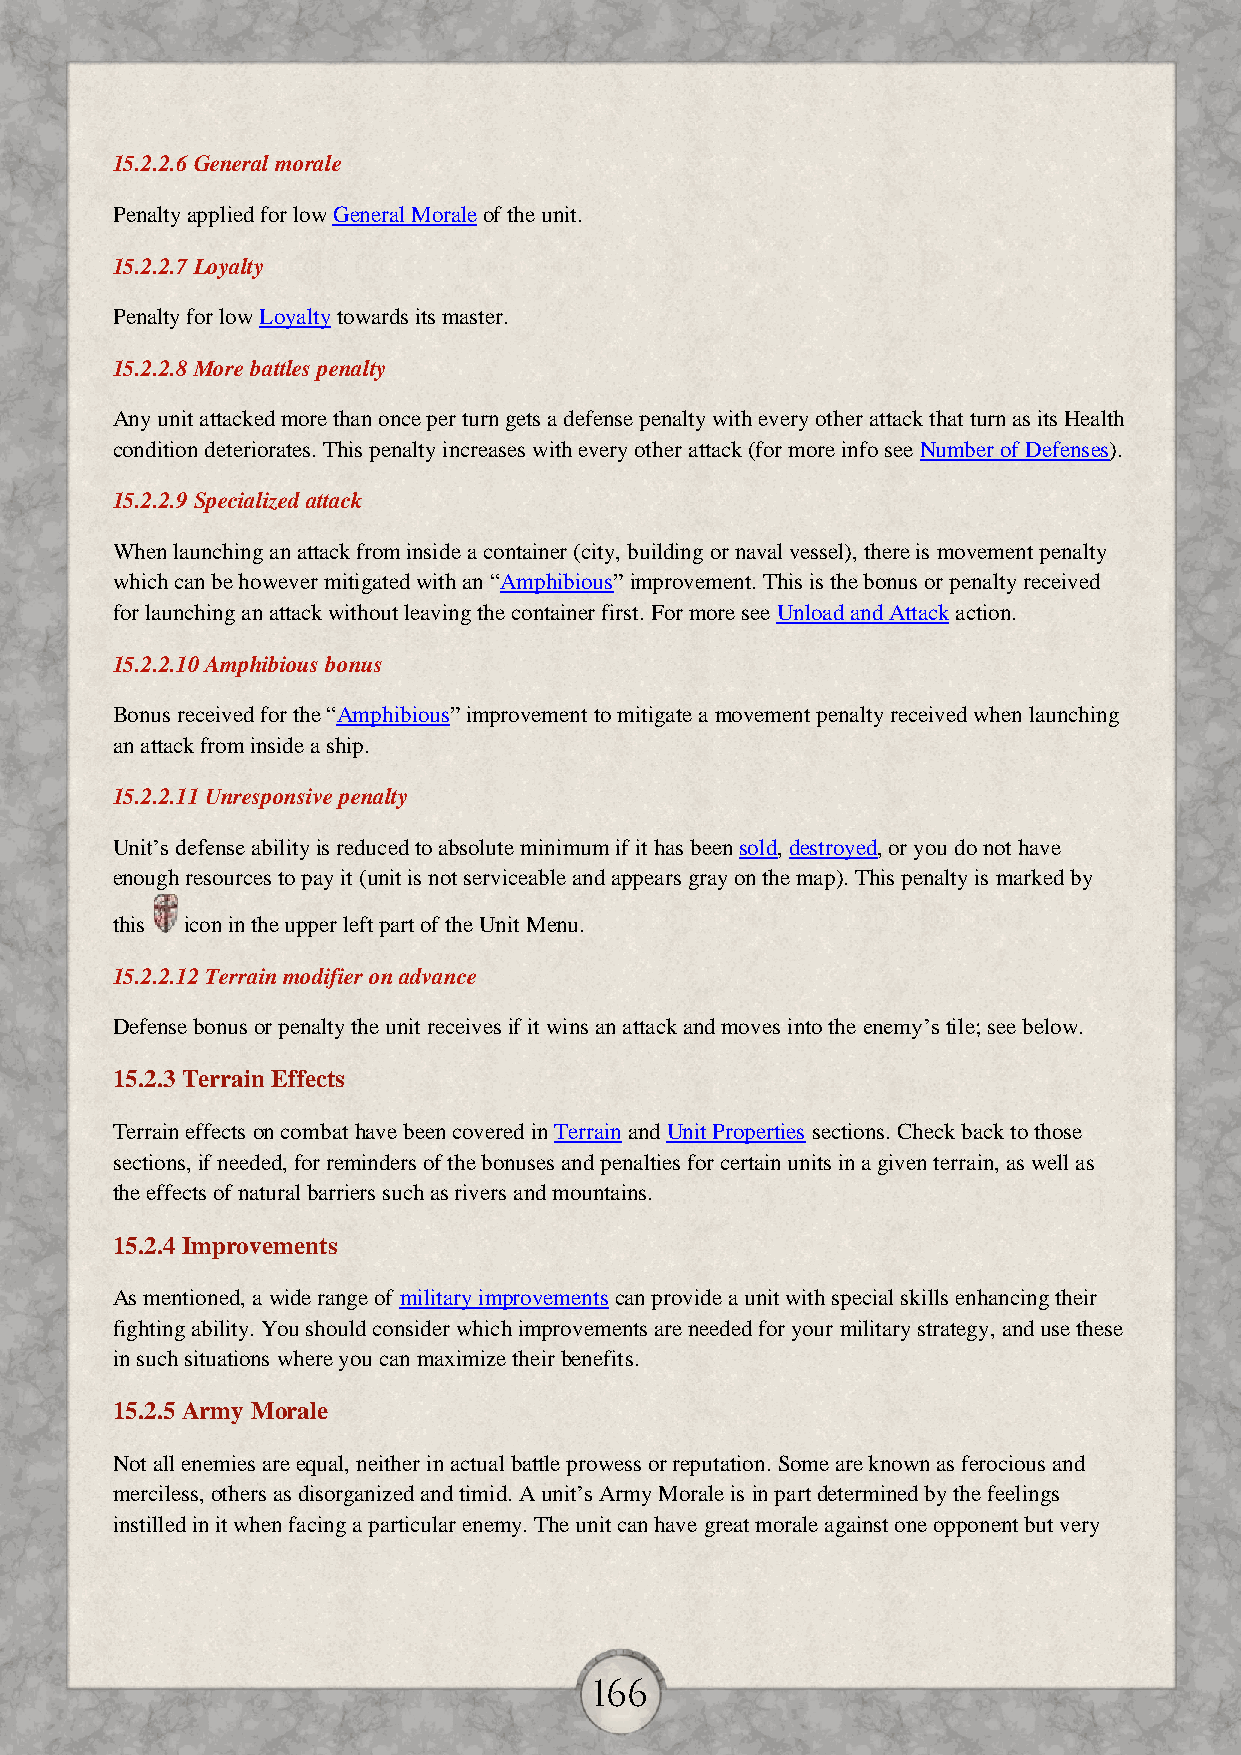
15.2.2.6 General morale
 Penalty applied for low General Morale of the unit.
 15.2.2.7 Loyalty
 Penalty for low Loyalty towards its master.
 15.2.2.8 More battles penalty
 Any unit attacked more than once per turn gets a defense penalty with every other attack that turn as its Health
 condition deteriorates. This penalty increases with every other attack (for more info see Number of Defenses).
 15.2.2.9 Specialized attack
 When launching an attack from inside a container (city, building or naval vessel), there is movement penalty
 which can be however mitigated with an “Amphibious” improvement. This is the bonus or penalty received
 for launching an attack without leaving the container first. For more see Unload and Attack action.
 15.2.2.10 Amphibious bonus
 Bonus received for the “Amphibious” improvement to mitigate a movement penalty received when launching
 an attack from inside a ship.
 15.2.2.11 Unresponsive penalty
 Unit’s defense ability is reduced to absolute minimum if it has been sold, destroyed, or you do not have
 enough resources to pay it (unit is not serviceable and appears gray on the map). This penalty is marked by
 this icon in the upper left part of the Unit Menu.
 15.2.2.12 Terrain modifier on advance
 Defense bonus or penalty the unit receives if it wins an attack and moves into the enemy’s tile; see below.
 15.2.3 Terrain Effects
 Terrain effects on combat have been covered in Terrain and Unit Properties sections. Check back to those
 sections, if needed, for reminders of the bonuses and penalties for certain units in a given terrain, as well as
 the effects of natural barriers such as rivers and mountains.
 15.2.4 Improvements
 As mentioned, a wide range of military improvements can provide a unit with special skills enhancing their
 fighting ability. You should consider which improvements are needed for your military strategy, and use these
 in such situations where you can maximize their benefits.
 15.2.5 Army Morale
 Not all enemies are equal, neither in actual battle prowess or reputation. Some are known as ferocious and
 merciless, others as disorganized and timid. A unit’s Army Morale is in part determined by the feelings
 instilled in it when facing a particular enemy. The unit can have great morale against one opponent but very
 166